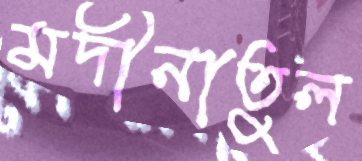
মদীনাতুল